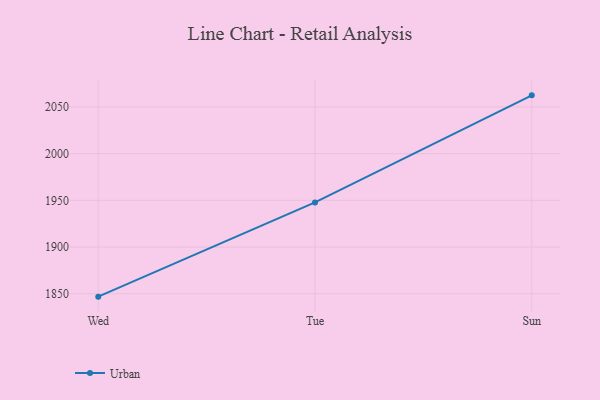
{"axis": {"x": "Day", "y": "Gross Profit (USD K)"}, "legend": ["Urban"], "data": [{"x": "Wed", "y": 1846.9, "type": "Urban"}, {"x": "Tue", "y": 1947.8, "type": "Urban"}, {"x": "Sun", "y": 2062.4, "type": "Urban"}]}